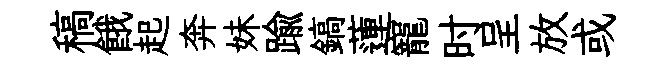
稿餓起奔妹踰鎬蓮寵时呈放或